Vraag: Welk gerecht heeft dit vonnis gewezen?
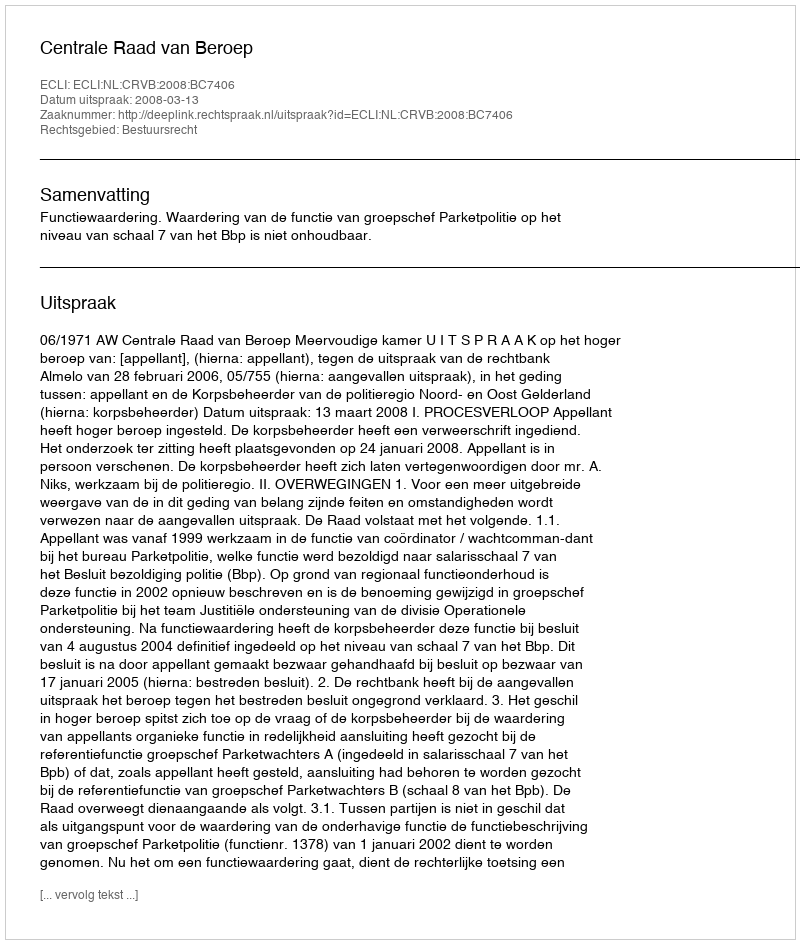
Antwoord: Centrale Raad van Beroep